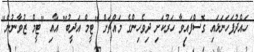
ހައްދުފަހަނަޅައި ގޮސްފައިވާ ހަރުކަށި ދިވެހިންގެ މައްޗަށް "ޓީމް އަދީބު" އާއި "ޓީމް ޒުވާނުން"